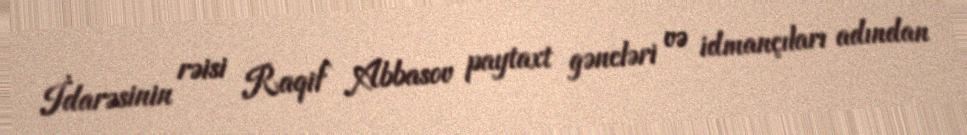
İdarəsinin rəisi Raqif Abbasov paytaxt gəncləri və idmançıları adından